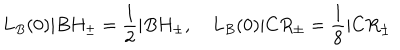
LaTeX: L _ { B } ( 0 ) | B H _ { \pm } = \frac { 1 } { 2 } | B H _ { \pm } , \quad L _ { B } ( 0 ) | C R _ { \pm } = \frac { 1 } { 8 } | C R _ { \pm }